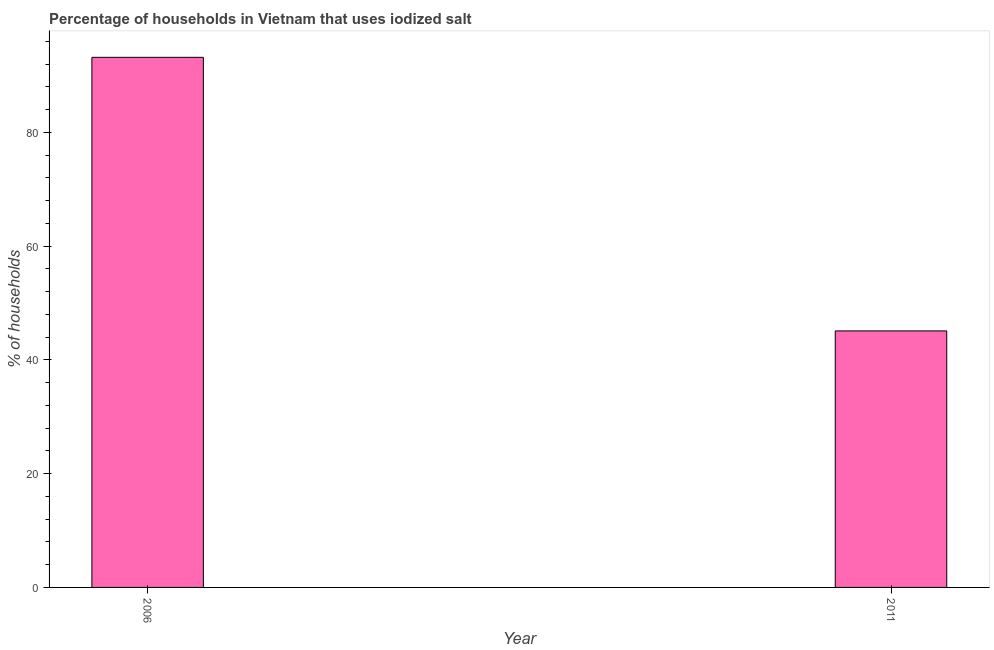
| Year | Consumption of iodized salt |
 | --- | --- |
 | 2006 | 93.2 |
 | 2011 | 45.1 |